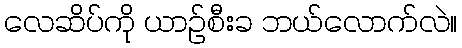
လေဆိပ်ကို ယာဉ်စီးခ ဘယ်လောက်လဲ။